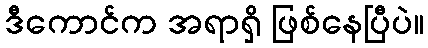
ဒီကောင်က အရာရှိ ဖြစ်နေပြီပဲ။